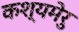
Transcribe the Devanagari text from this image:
कश्यमेरु